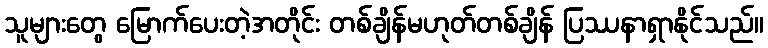
သူများတွေ မြောက်ပေးတဲ့အတိုင်း တစ်ချိန်မဟုတ်တစ်ချိန် ပြဿနာရှာနိုင်သည်။